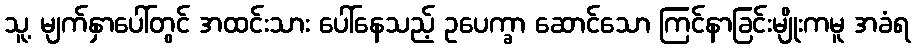
သူ့ မျက်နှာပေါ်တွင် အထင်းသား ပေါ်နေသည့် ဥပေက္ခာ ဆောင်သော ကြင်နာခြင်းမျိုးကမူ အခံရ